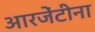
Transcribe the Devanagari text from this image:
आरजेंटीना